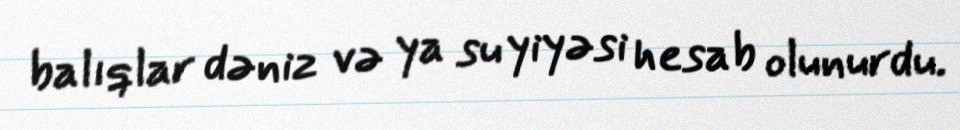
balıqlar dəniz və ya su yiyəsi hesab olunurdu.